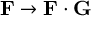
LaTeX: \mathbf { F } \rightarrow \mathbf { F } \cdot \mathbf { G }